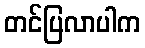
တင်ပြလာပါက